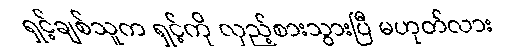
ရှင့်ချစ်သူက ရှင့်ကို လှည့်စားသွားပြီ မဟုတ်လား